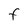
Character: F